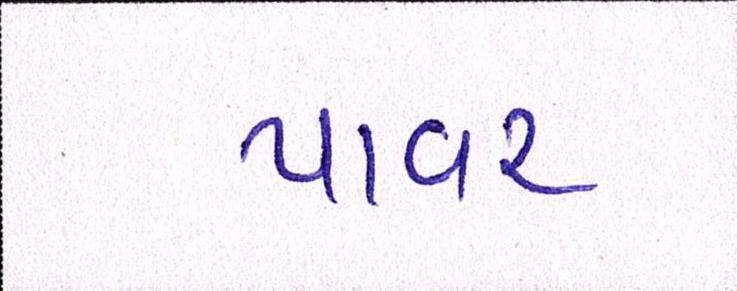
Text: પાવર